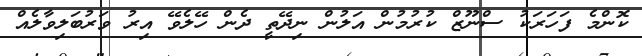
ކޮންމެ ފަހަރަކު ސްނޫޒް ކުރުމުން އަލުން ނިދޭތީ ދެން ހޭލެވޭ އިރު ވަރުބަލިވާލެއް